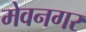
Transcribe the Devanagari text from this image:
मेवनगर